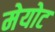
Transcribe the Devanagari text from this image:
मेयोट